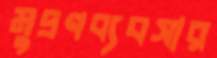
মুদ্রণব্যবসার